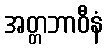
အတ္တဘာဝီနံ